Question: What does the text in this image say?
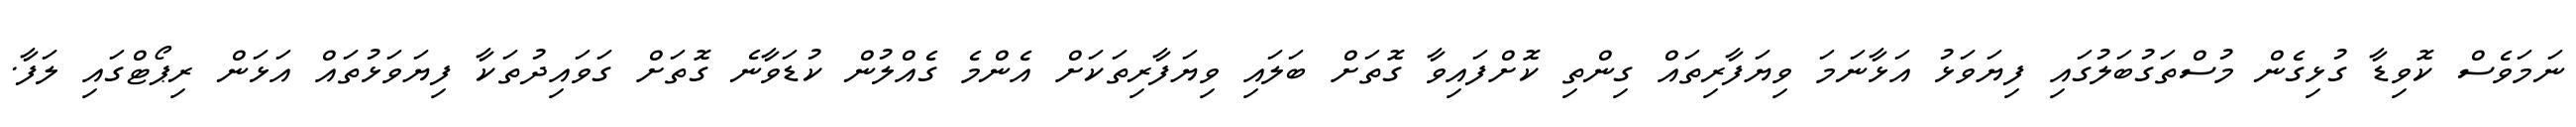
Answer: ނަމަވެސް ކޮވިޑާ ގުޅިގެން މުސްތަގުބަލުގައި ފިޔަވަޅު އަޅާނަމަ ވިޔަފާރިތައް ގިންތި ކޮށްފައިވާ ގޮތަށް ބަލައި ވިޔަފާރިތަކަށް އެންމެ ގެއްލުން ކުޑަވާނެ ގޮތަށް ގަވައިދުތަކާ ފިޔަވަޅުތައް އަޅަން ރިޕޯޓްގައި ލަފާ.